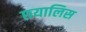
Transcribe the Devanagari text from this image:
छयालिस